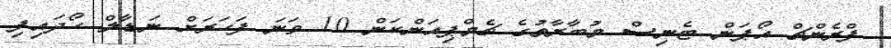
ފްރެންޗް އޯޕަން ޓެނިސް މުބާރާތުގެ ޗެމްޕިއަންކަން 10 ވަނަ ފަހަރަށް ނަޑާލް ހޯދައިފި